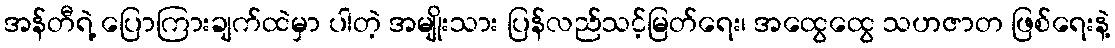
အန်တီရဲ့ ပြောကြားချက်ထဲမှာ ပါတဲ့ အမျိုးသား ပြန်လည်သင့်မြတ်ရေး၊ အထွေထွေ သဟဇာတ ဖြစ်ရေးနဲ့